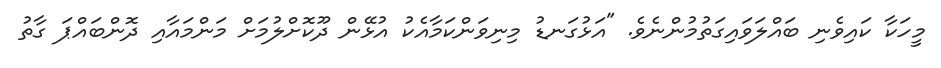
މީހަކާ ކައިވެނި ބައްލަވައިގަތުމުންނެވެ. "އަޅުގަނޑު މިނިވަންކަމާއެކު އުޅޭން ދޫކޮށްލުމަށް މަންމައާއި ދޮންބައްޕަ ގާތު